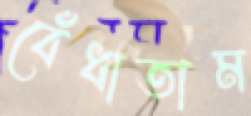
বেঁধাতাম